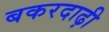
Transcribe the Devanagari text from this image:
बकरदाढ़ी